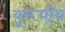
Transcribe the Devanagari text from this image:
यूरूपीय